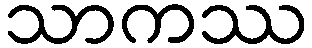
သာကဿ